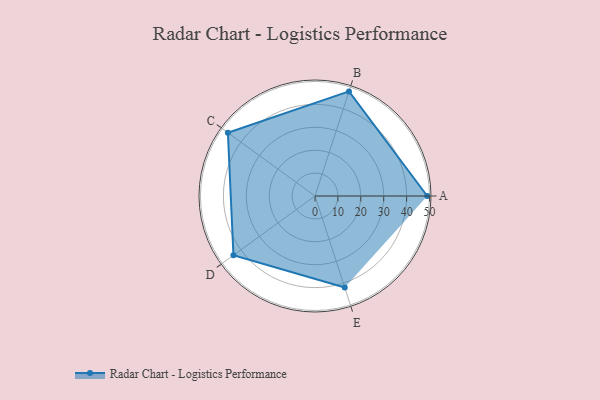
{"axis": {"x": "Skill", "y": "Score"}, "legend": ["Profile"], "data": [{"x": "A", "y": 49.0, "type": "Profile"}, {"x": "B", "y": 48.0, "type": "Profile"}, {"x": "C", "y": 47.0, "type": "Profile"}, {"x": "D", "y": 44.0, "type": "Profile"}, {"x": "E", "y": 42.0, "type": "Profile"}]}